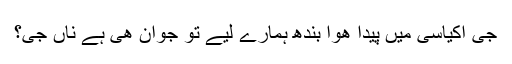
جی اکیاسی میں پیدا هوا بندھ ہمارے لیے تو جوان هی ہے ناں جی؟